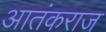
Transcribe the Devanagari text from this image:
आतंकराज